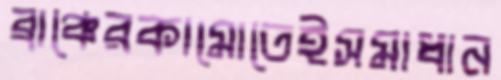
ব্রাঞ্চেরকামোতেইসমাধান